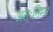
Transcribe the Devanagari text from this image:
अतःनिम्न